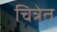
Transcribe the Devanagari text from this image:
चित्रेत